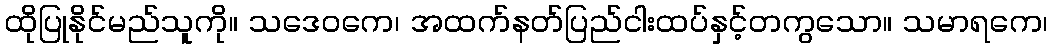
ထိုပြုနိုင်မည်သူကို။ သဒေဝကေ၊ အထက်နတ်ပြည်ငါးထပ်နှင့်တကွသော။ သမာရကေ၊